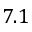
7 . 1